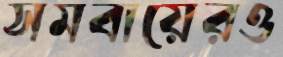
সমবায়েরও